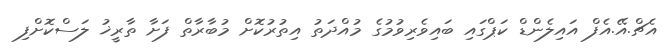
އެޗް.އޭ.އެފް އައިލެންޑް ކަޕްގައި ބައިވެރިވުމުގެ މުއްދަތު އިތުރުކޮށް މުބާރާތް ފަށާ ތާރީޚު ލަސްކޮށްފި